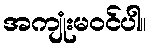
အကျုံးမဝင်ပါ။